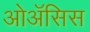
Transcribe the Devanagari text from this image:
ओॲसिस